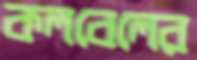
কলবেলের